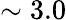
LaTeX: \sim 3.0